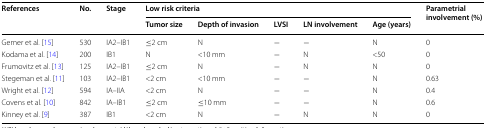
| <ROWSPAN=2> References | <ROWSPAN=2> No. | <ROWSPAN=2> Stage | <COLSPAN=5> Low risk criteria | <ROWSPAN=2> Parametrial involvement (%) |
 | Tumor size | Depth of invasion | LVSI | LN involvement | Age (years) |
 | --- | --- | --- | --- | --- | --- | --- | --- | --- |
 | Gemer et al. [15] | 530 | IA2–IB1 | ≤2 cm | N | − | − | N | 0 |
 | Kodama et al. [14] | 200 | IB1 | N | <10 mm | − | N | <50 | 0 |
 | Frumovitz et al. [13] | 125 | IA2–IB1 | ≤2 cm | N | − | N | N | 0 |
 | Stegeman et al. [11] | 103 | IA2–IB1 | <2 cm | <10 mm | − | − | N | 0.63 |
 | Wright et al. [12] | 594 | IA–IIA | <2 cm | N | − | − | N | 0.4 |
 | Covens et al. [10] | 842 | IA–IB1 | ≤2 cm | ≤10 mm | − | − | N | 0.6 |
 | Kinney et al. [9] | 387 | IB1 | <2 cm | N | − | N | N | 0 |